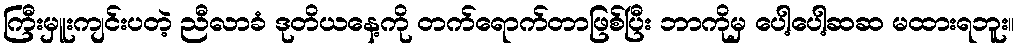
ကြီးမှူးကျင်းပတဲ့ ညီလာခံ ဒုတိယနေ့ကို တက်ရောက်တာဖြစ်ပြီး ဘာကိုမှ ပေါ့ပေါ့ဆဆ မထားရဘူး။